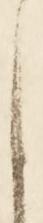
ら